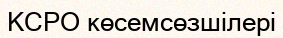
КСРО көсемсөзшілері